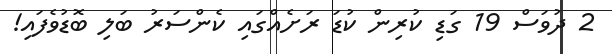
2 ދުވަސް 19 ގަޑި ކުރިން ކުޑަ ރަށެއްގައި ކެންސަރު ބަލި ބޮޑުވެފައި!